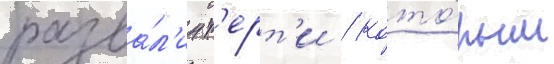
разва́л'ин т'ерт'и / кото́рым